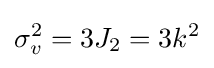
\sigma _{v}^{2}=3J_{2}=3k^{2}